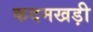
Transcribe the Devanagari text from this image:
कदमखड़ी